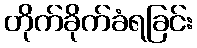
တိုက်ခိုက်ခံရခြင်း